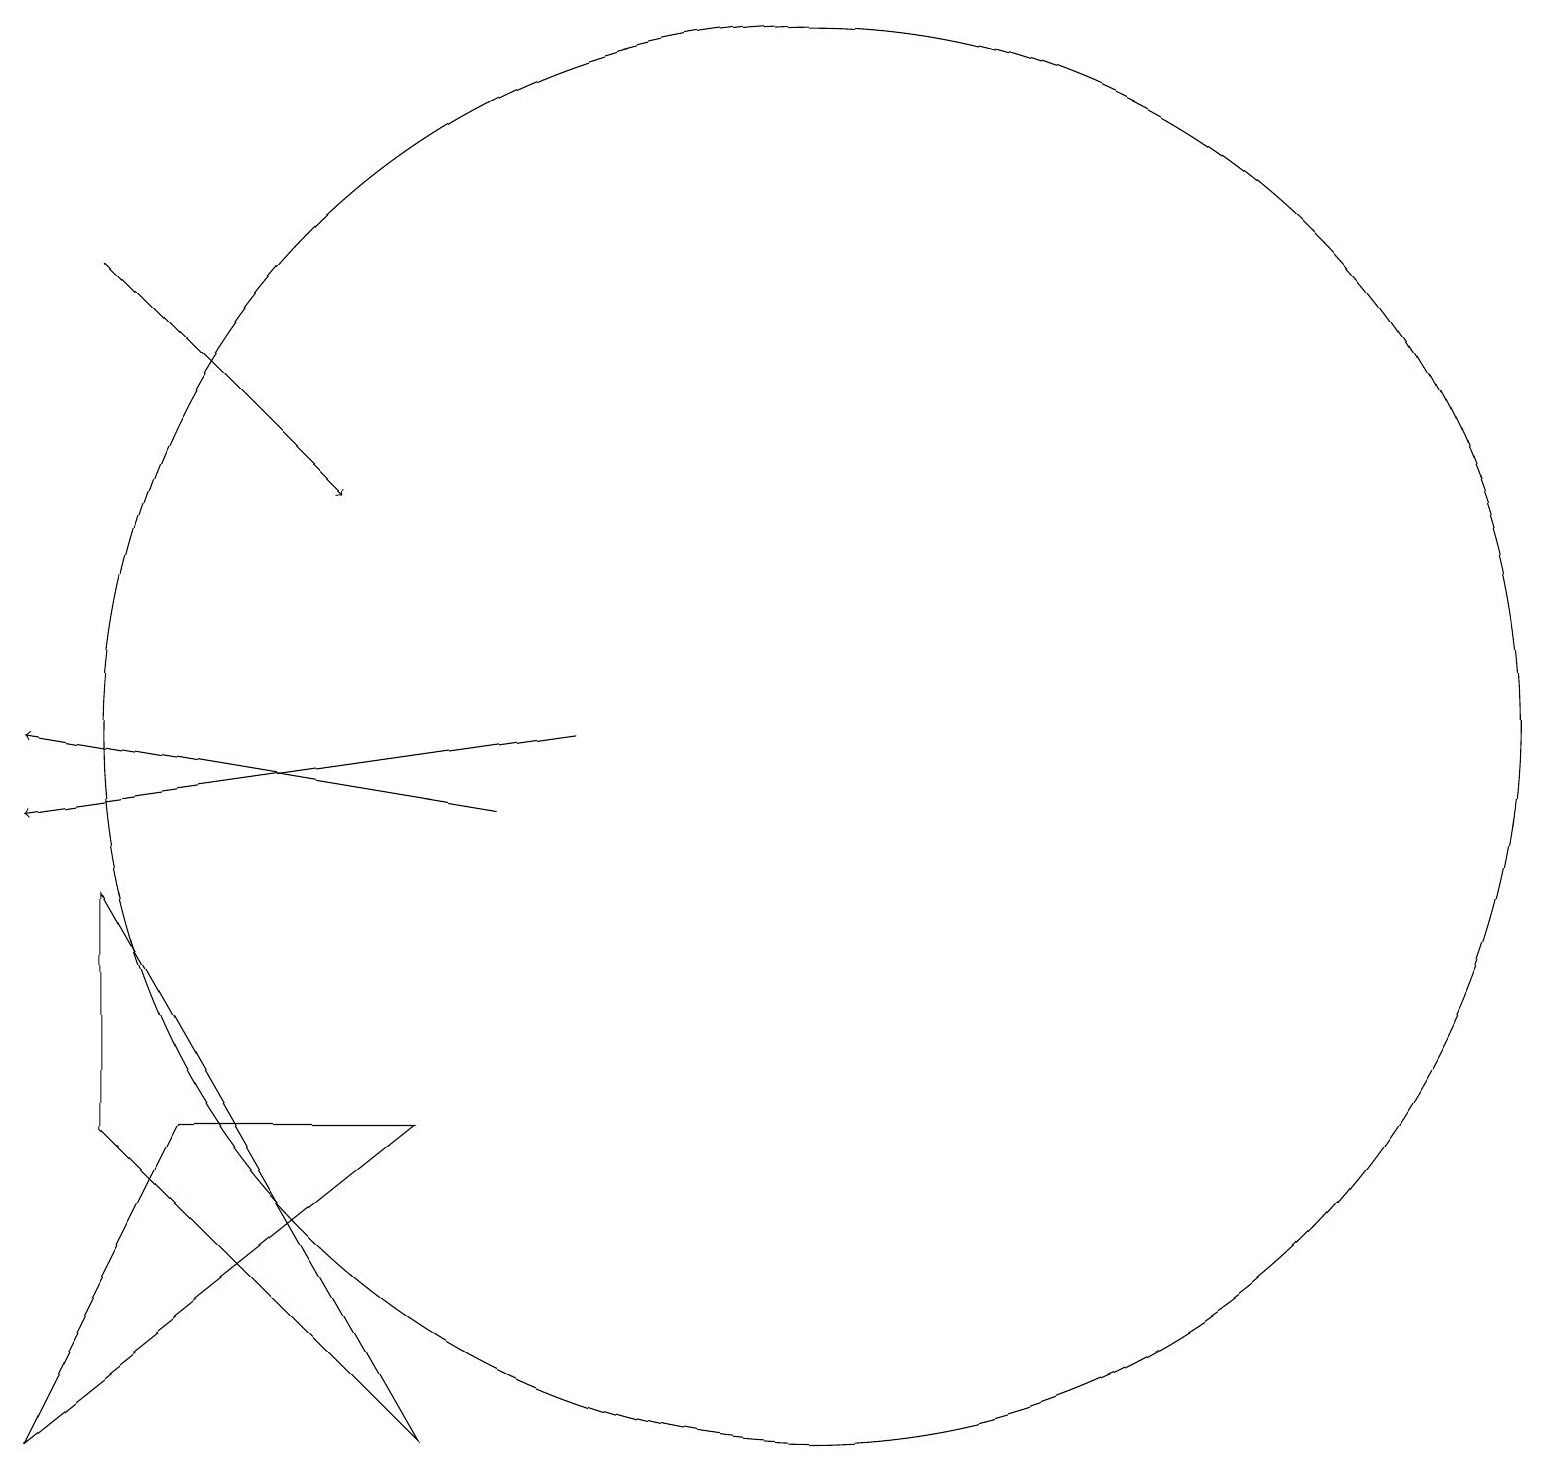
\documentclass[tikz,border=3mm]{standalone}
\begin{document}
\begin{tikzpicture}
\draw[->] (7,10) -- (1,11);
\draw[->] (8,11) -- (1,10);
\draw[->] (2,17) -- (5,14);
\draw (6,6) -- (3,6) -- (1,2) -- cycle;
\draw (2,6) -- (2,9) -- (6,2) -- cycle;
\draw (11,11) circle (9);
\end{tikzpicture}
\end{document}